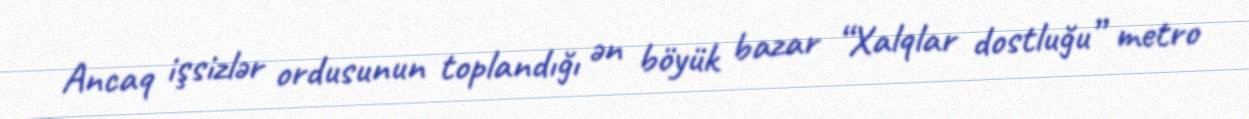
Ancaq işsizlər ordusunun toplandığı ən böyük bazar “Xalqlar dostluğu” metro